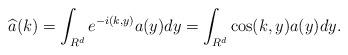
LaTeX: \begin{align*}\widehat{a}(k)=\int_{R^d}e^{-i(k,y)}a(y)dy=\int_{R^d}\cos(k,y)a(y)dy.\end{align*}